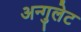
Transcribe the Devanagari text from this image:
अन्गुलेट